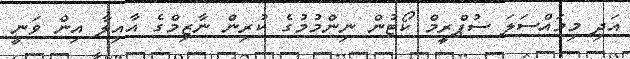
އަދި މިމައްސަލަ ސުޕްރީމް ކޯޓުން ނިންމުމުގެ ކުރިން ނާޒިމްގެ އާއިލާ އިން ވަނީ